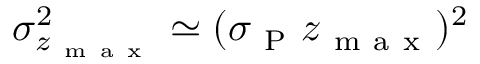
\sigma _ { z _ { \mathrm { ~ m ~ a ~ x ~ } } } ^ { 2 } \simeq ( \sigma _ { \mathrm { ~ P ~ } } z _ { \mathrm { ~ m ~ a ~ x ~ } } ) ^ { 2 }